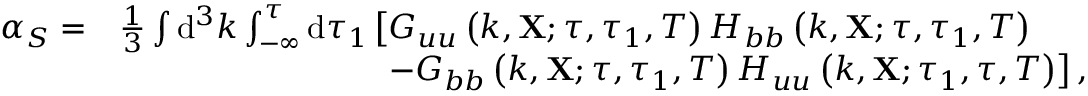
\begin{array} { r l } { \alpha _ { S } = } & { \frac { 1 } { 3 } \int \mathrm { d } ^ { 3 } k \int _ { - \infty } ^ { \tau } \mathrm { d } \tau _ { 1 } \left[ G _ { u u } \left( k , \mathbf { X } ; \tau , \tau _ { 1 } , T \right) H _ { b b } \left( k , \mathbf { X } ; \tau , \tau _ { 1 } , T \right) \right. } \\ & { \left. \qquad \qquad \qquad \qquad - G _ { b b } \left( k , \mathbf { X } ; \tau , \tau _ { 1 } , T \right) H _ { u u } \left( k , \mathbf { X } ; \tau _ { 1 } , \tau , T \right) \right] , } \end{array}